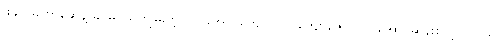
ဖခင် မဟာဆွေနဲ့ ခင်မင်သိကျွမ်းတဲ့ ဗိုလ်အောင်ကျော်၊ ဗိုလ်ကျော်ဇော၊ ဗိုလ်အောင်ဆန်းစတဲ့ လူငယ်